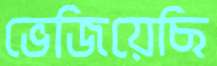
ভেজিয়েছি